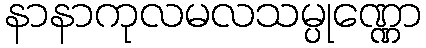
နာနာကုလမလသမ္ပုဏ္ဏော